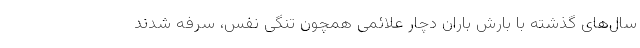
سال‌های گذشته با بارش باران دچار علائمی همچون تنگی نفس، سرفه شدند